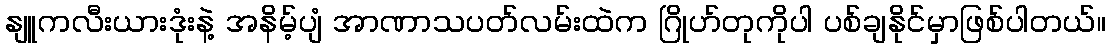
နျူကလီးယားဒုံးနဲ့ အနိမ့်ပျံ အာဏာသပတ်လမ်းထဲက ဂြိုဟ်တုကိုပါ ပစ်ချနိုင်မှာဖြစ်ပါတယ်။